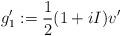
LaTeX: \begin{align*}g_1':=\frac{1}{2}(1+iI)v'\end{align*}